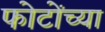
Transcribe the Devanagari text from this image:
फोटोंच्या